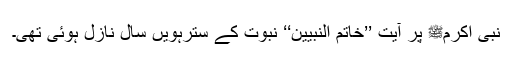
نبی اکرمﷺ پر آیت ’’خاتم النّبیین‘‘ نبوّت کے سترہویں سال نازل ہوئی تھی۔